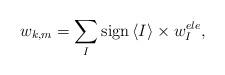
LaTeX: \begin{align*}w_{k,m}=\sum_{I}{\rm sign}\left\langle I\right\rangle \times w_{I}^{ele},\end{align*}